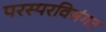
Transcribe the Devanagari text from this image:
परस्परविसंगत